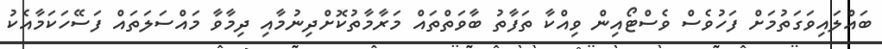
ބައްލައިވަގަތުމަށް ފަހުވެސް ވެސްޓޯއިން ވިއްކާ ތަފާތު ބާވަތްތައް މަރާމާތުކޮށްދިނުމާއި ދިމާވާ މައްސަލަތައް ފަސޭހަކަމާއެކު